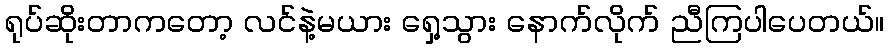
ရုပ်ဆိုးတာကတော့ လင်နဲ့မယား ရှေ့သွား နောက်လိုက် ညီကြပါပေတယ်။